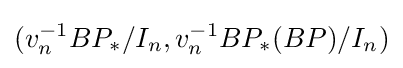
(v_{n}^{-1}BP_{*}/I_{n},v_{n}^{-1}BP_{*}(BP)/I_{n})